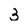
Character: 3